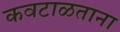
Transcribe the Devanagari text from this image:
कवटाळताना